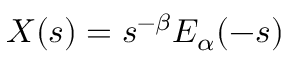
X ( s ) = s ^ { - \beta } E _ { \alpha } ( - s )